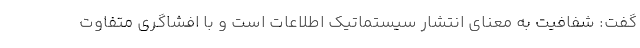
گفت: شفافیت به معنای انتشار سیستماتیک اطلاعات است و با افشاگری متفاوت